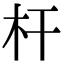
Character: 杆